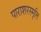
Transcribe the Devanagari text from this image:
पाराशरस्मृति